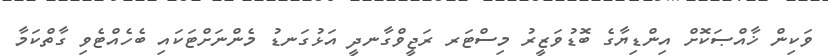
ވަކިން ޚާއްޞަކޮށް އިންޑިޔާގެ ބޮޑުވަޒީރު މިސްޓަރ ރަޖީވްގާނދީ އަޅުގަނޑު މެންނަށްޓަކައި ބެހެއްޓެވި ގާތްކަމާ